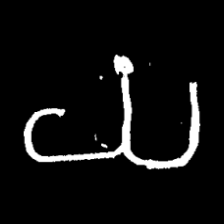
Pyu character \u2014 Myanmar letter: ယ (romanized: ya)